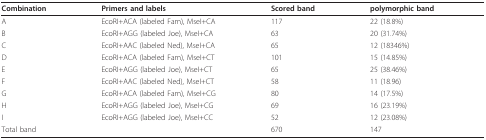
<table><thead><tr><td><b>Combination</b></td><td><b>Primers and labels</b></td><td><b>Scored band</b></td><td><b>polymorphic band</b></td></tr></thead><tbody><tr><td>A</td><td>EcoRI+ACA (labeled Fam), MseI+CA</td><td>117</td><td>22 (18.8%)</td></tr><tr><td>B</td><td>EcoRI+AGG (labeled Joe), MseI+CA</td><td>63</td><td>20 (31.74%)</td></tr><tr><td>C</td><td>EcoRI+AAC (labeled Ned), MseI+CA</td><td>65</td><td>12 (18346%)</td></tr><tr><td>D</td><td>EcoRI+ACA (labeled Fam), MseI+CT</td><td>101</td><td>15 (14.85%)</td></tr><tr><td>E</td><td>EcoRI+AGG (labeled Joe), MseI+CT</td><td>65</td><td>25 (38.46%)</td></tr><tr><td>F</td><td>EcoRI+AAC (labeled Ned), MseI+CT</td><td>58</td><td>11 (18.96)</td></tr><tr><td>G</td><td>EcoRI+ACA (labeled Fam), MseI+CG</td><td>80</td><td>14 (17.5%)</td></tr><tr><td>H</td><td>EcoRI+AGG (labeled Joe), MseI+CG</td><td>69</td><td>16 (23.19%)</td></tr><tr><td>I</td><td>EcoRI+AGG (labeled Joe), MseI+CC</td><td>52</td><td>12 (23.08%)</td></tr><tr><td colspan="2">Total band</td><td>670</td><td>147</td></tr></tbody></table>